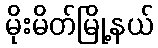
မိုးမိတ်မြို့နယ်